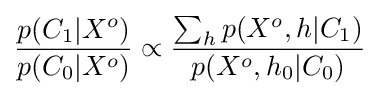
{\frac {p(C_{1}|X^{o})}{p(C_{0}|X^{o})}}\propto {\frac {\sum _{h}p(X^{o},h|C_{1})}{p(X^{o},h_{0}|C_{0})}}